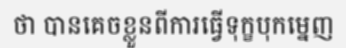
ថា បានគេចខ្លួនពីការធ្វើទុក្ខបុកម្នេញ